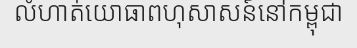
លំហាត់យោធាពហុសាសន៍នៅកម្ពុជា